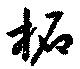
柘